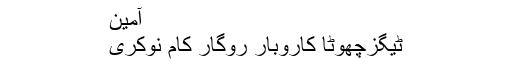
آمین
ٹیگزچھوٹا کاروبار روگار کام نوکری